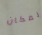
لمكان